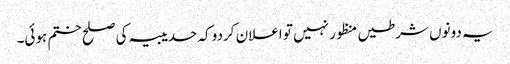
یہ دونوں شرطیں منظور نہیں تو اعلان کردو کہ حدیبیہ کی صلح ختم ہوئی۔